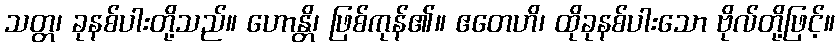
သတ္တ၊ ခုနစ်ပါးတို့သည်။ ဟောန္တိ၊ ဖြစ်ကုန်၏။ ဧတေဟိ၊ ထိုခုနစ်ပါးသော ဗိုလ်တို့ဖြင့်။